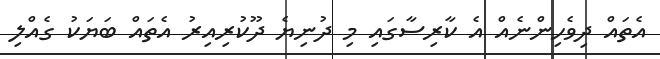
އެތައް ދިވެހިންނެއް އެ ކާރިސާގައި މި ދުނިޔެ ދޫކުރިއިރު އެތައް ބަޔަކު ގެއްލި